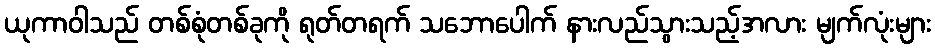
ယုကာဝါသည် တစ်စုံတစ်ခုကို ရုတ်တရက် သဘောပေါက် နားလည်သွားသည့်အလား မျက်လုံးများ